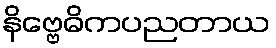
နိဗ္ဗေဓိကပညတာယ